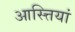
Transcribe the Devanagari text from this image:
आस्त्तियां